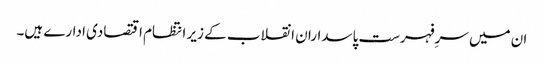
ان میں سرِفہرست پاسداران انقلاب کے زیر انتظام اقتصادی ادارے ہیں۔